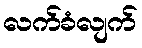
လက်ခံလျက်